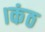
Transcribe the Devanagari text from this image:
।कंठ